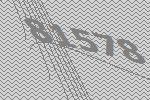
81578